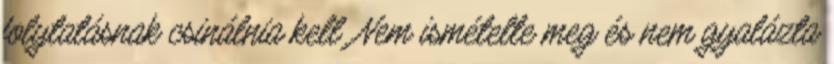
folytatásnak csinálnia kell. Nem ismételte meg és nem gyalázta